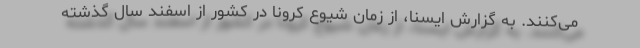
می‌کنند. به گزارش ایسنا، از زمان شیوع کرونا در کشور از اسفند سال گذشته